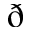
\eth